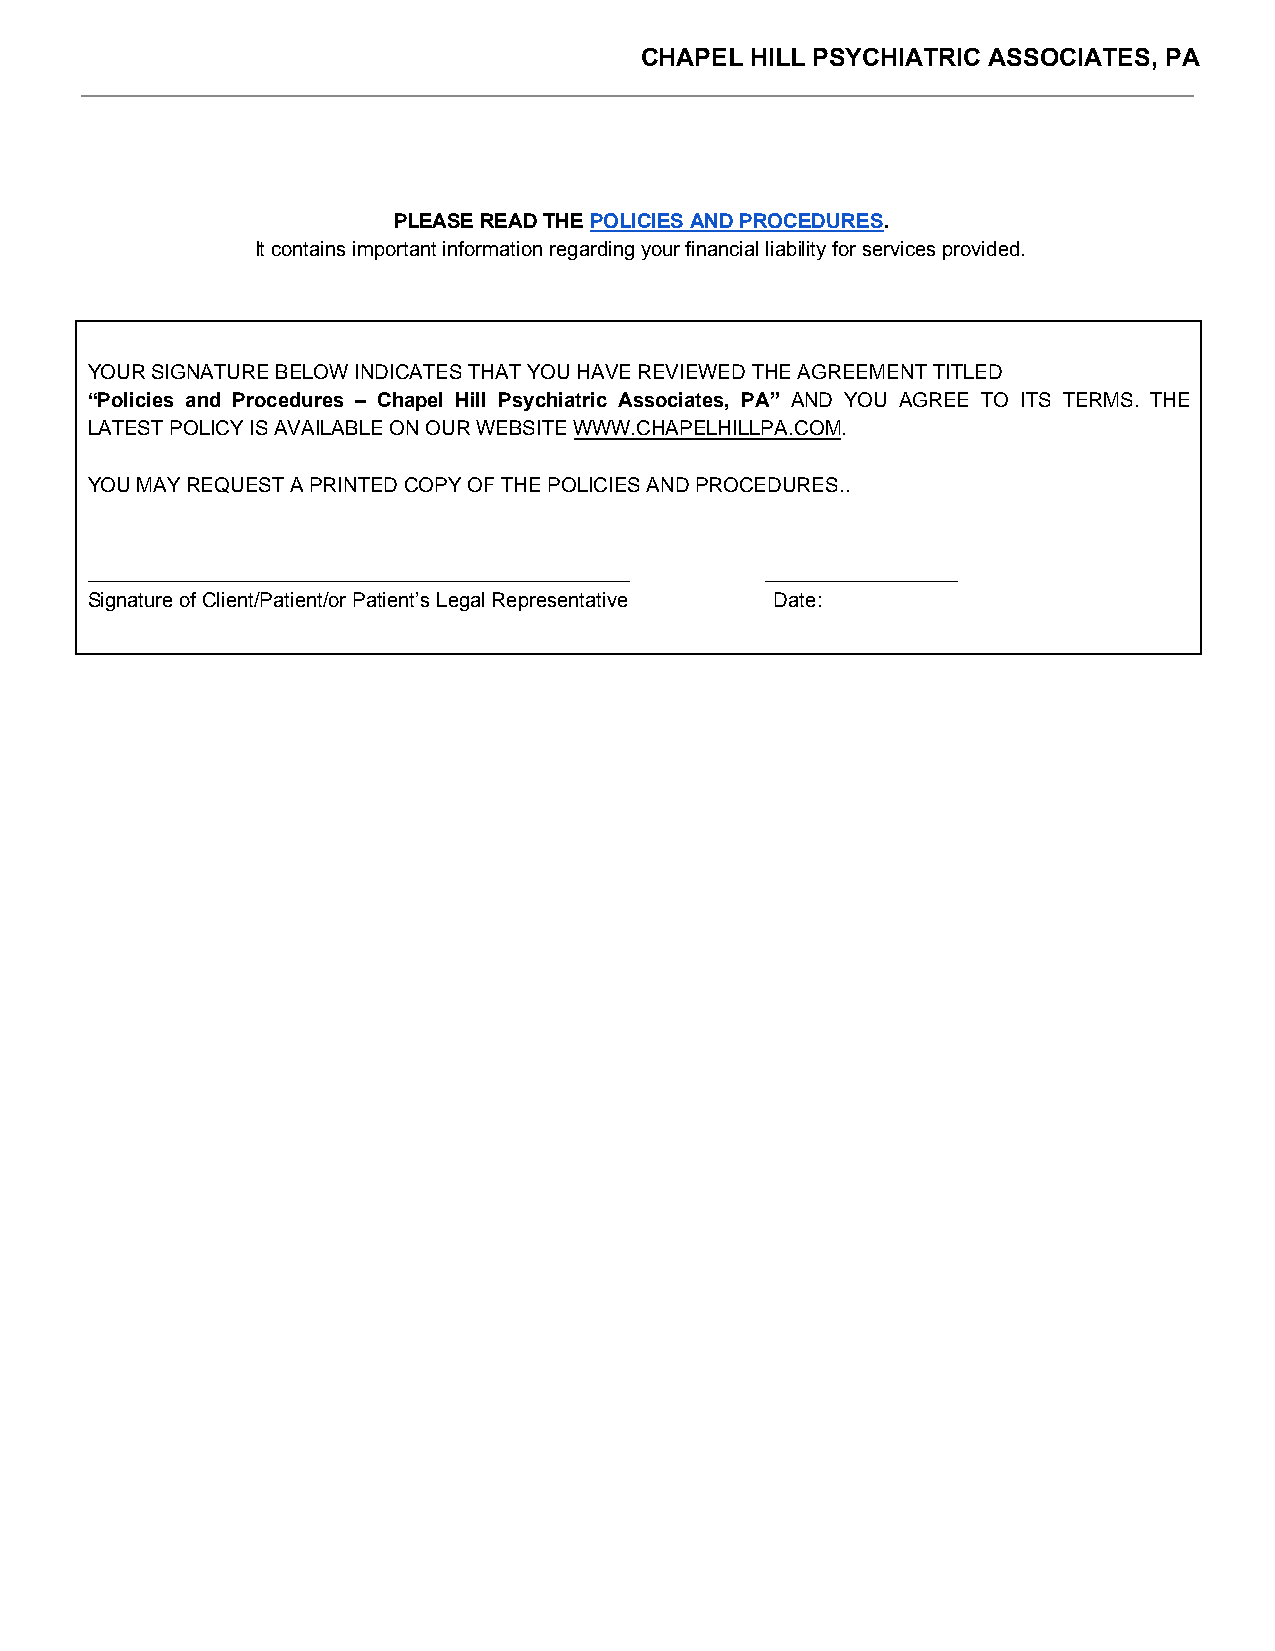
CHAPEL  HILL PSYCHIATRIC ASSOCIATES, PA
 PLEASE READ THE POLICIES AND PROCEDURES.
 It contains important information regarding your financial liability for services provided.
 YOUR SIGNATURE BELOW INDICATES THAT YOU HAVE REVIEWED THE AGREEMENT TITLED
 “Policies and Procedures – Chapel Hill Psychiatric Associates, PA” AND YOU AGREE TO ITS TERMS. THE
 LATEST POLICY IS AVAILABLE ON OUR WEBSITE WWW.CHAPELHILLPA.COM.
 YOU MAY REQUEST A PRINTED COPY OF THE POLICIES AND PROCEDURES..
 ________________________________________________ _________________
 Signature of Client/Patient/or Patient’s Legal Representative Date: